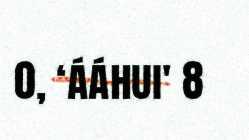
0, ‘ááhui' 8